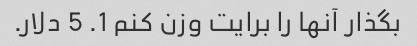
بگذار آنها را برایت وزن کنم 1. 5 دلار.